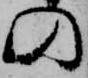
の